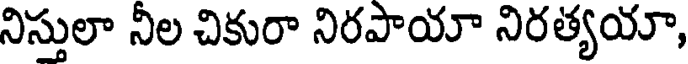
నిస్తులా నీల చికురా నిరపాయా నిరత్యయా,